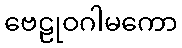
ဗေဠုဝဂါမကော